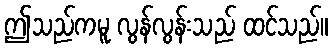
ဤသည်ကမူ လွန်လွန်းသည် ထင်သည်။